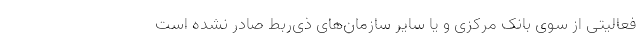
فعالیتی از سوی بانک مرکزی و یا سایر سازمان‌های ذی‌ربط صادر نشده است